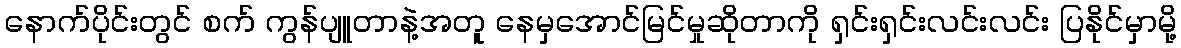
နောက်ပိုင်းတွင် စက် ကွန်ပျူတာနဲ့အတူ နေမှအောင်မြင်မှုဆိုတာကို ရှင်းရှင်းလင်းလင်း ပြနိုင်မှာမို့